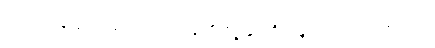
အရှင့်ထံမှ စောင်မ ကယ်တင်မှုကို ကျွန်ုပ်တို့ မျှော်လင့်ကြရလိမ့်မယ်